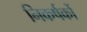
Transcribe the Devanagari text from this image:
निकर्षकों